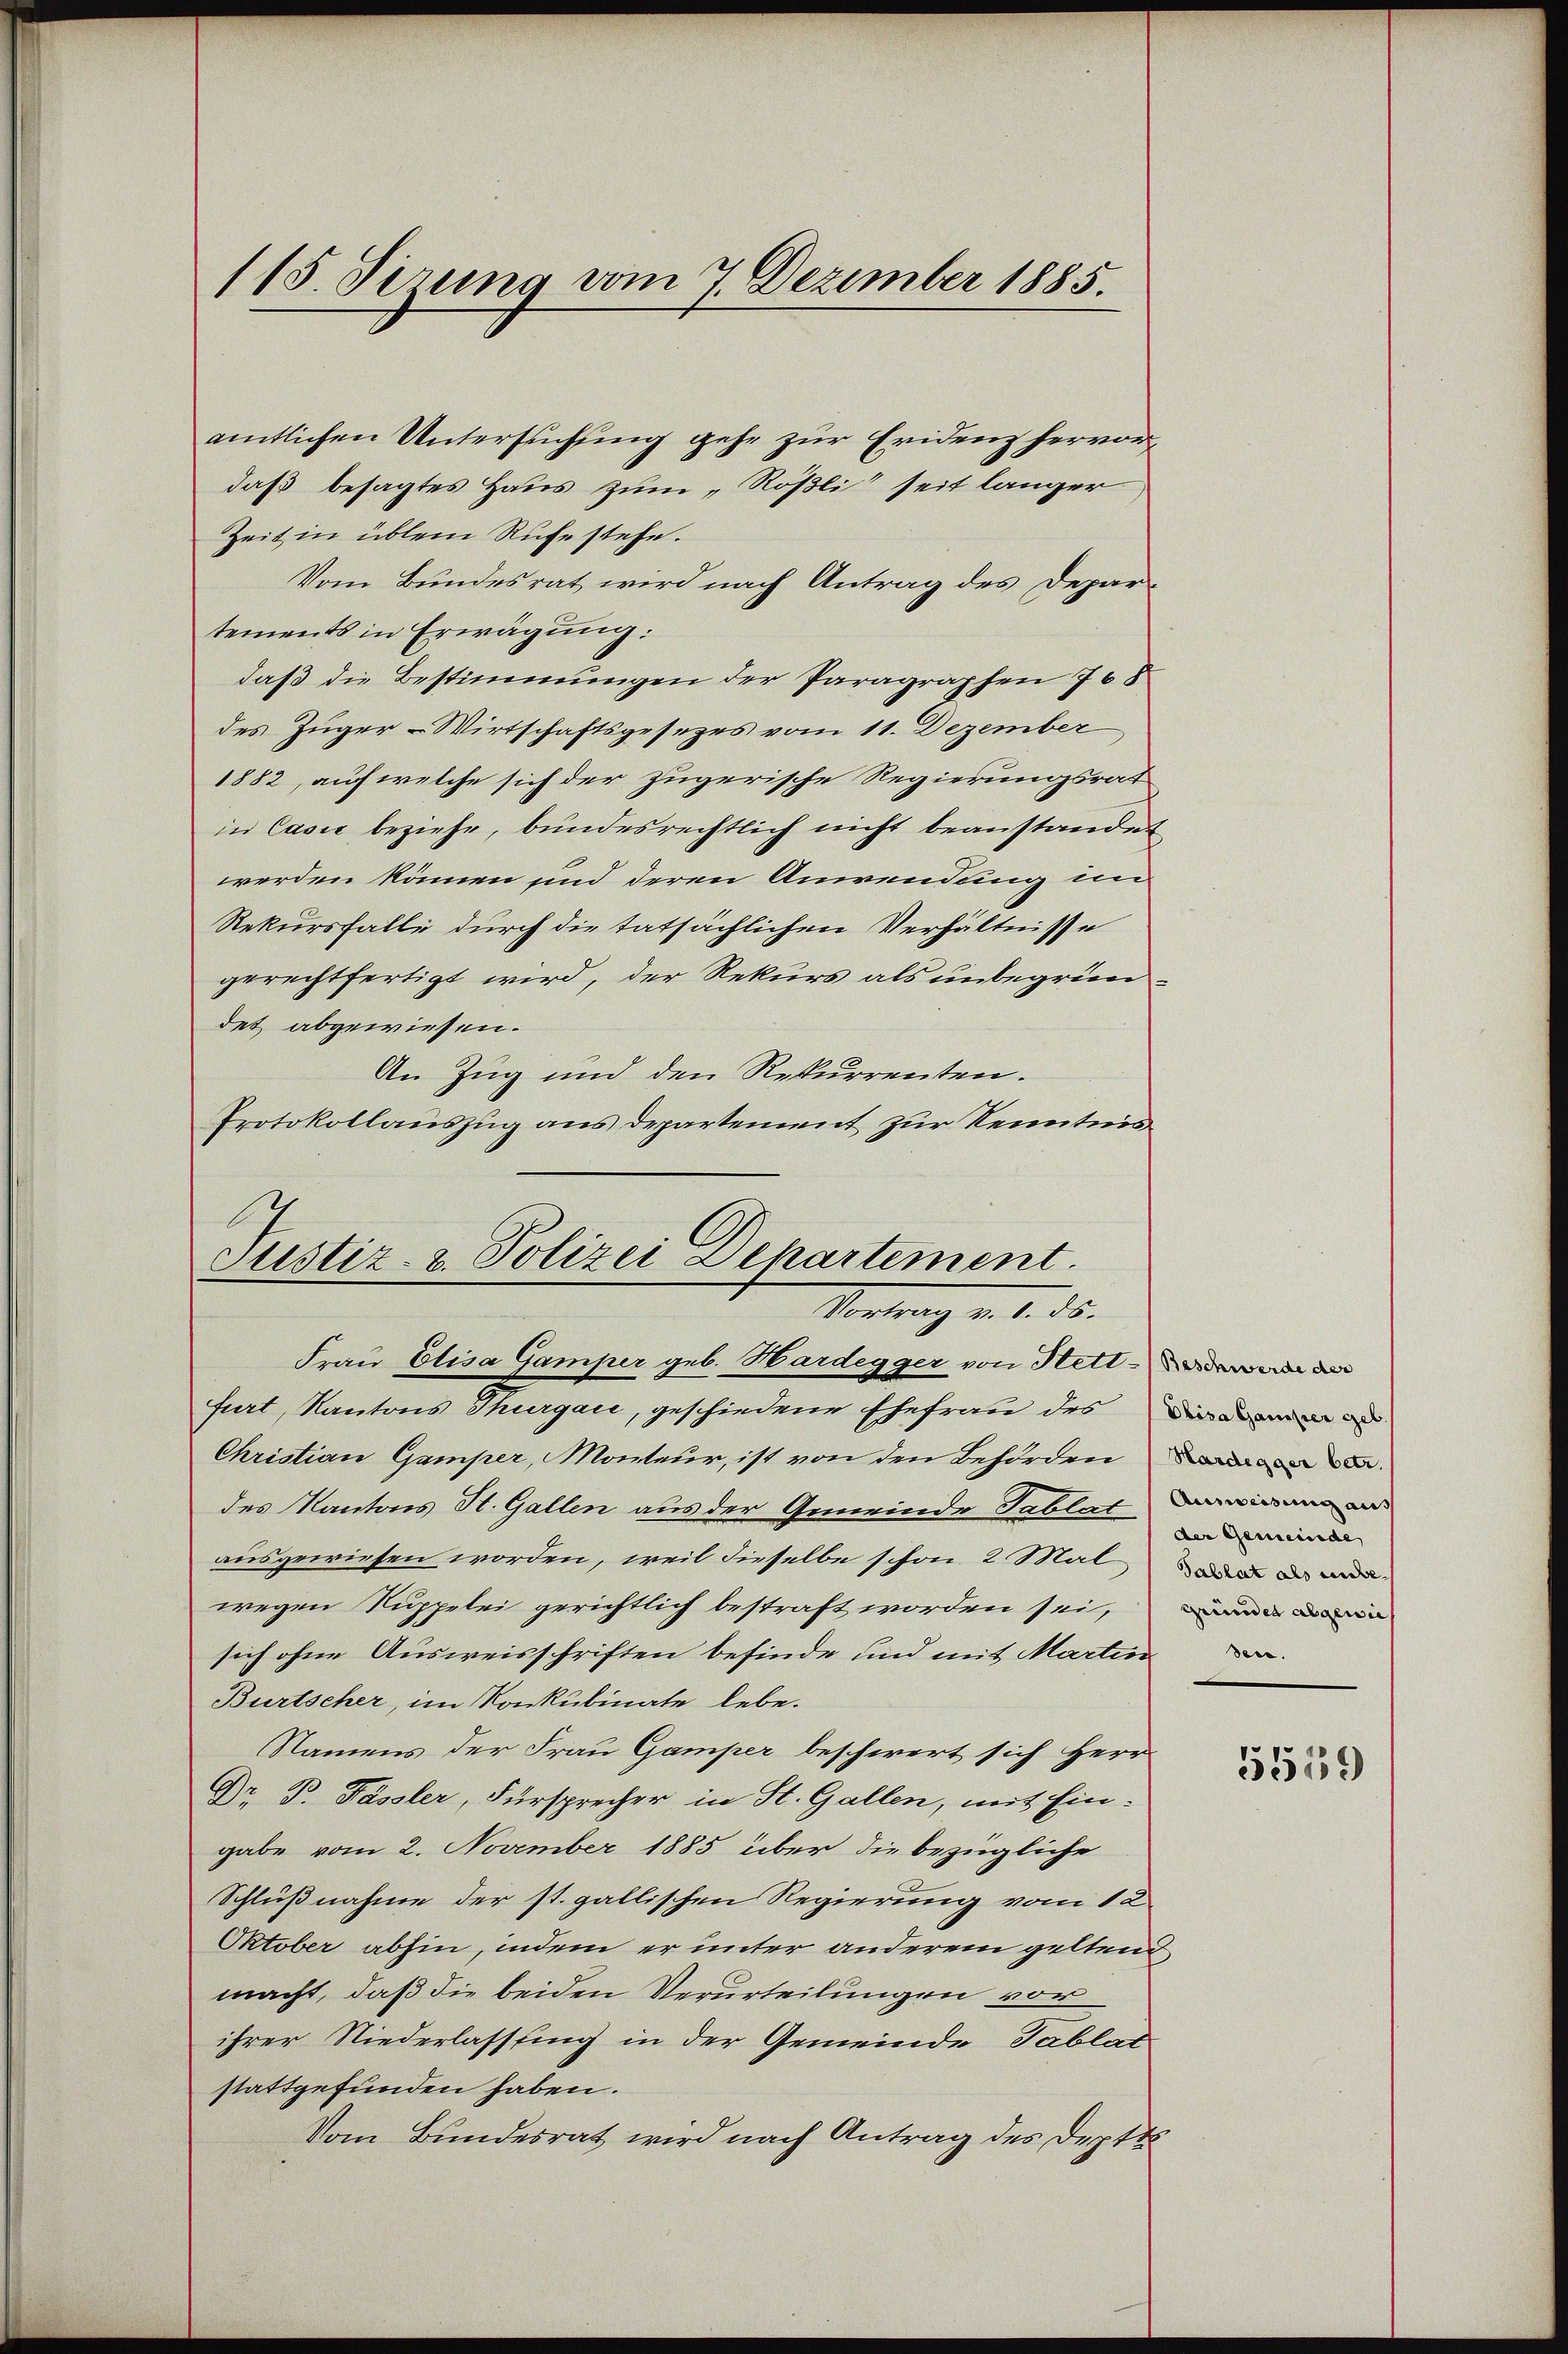
115. derung vom 7. Dezember 1885.

amtlichen Untersuchung gehe zur Eridenz hervordaß besagtes Haus zum „Rößli“ seit länger
Zeit in üblem Rufe stehe.
Vom Bundesrat wird nach Antrag des Departements in Erwägung:
daß die Bestimmungen der Paragraphen 708
des Zuger-Wirtschaftsgesezes vom 11. Dezember
1882, auf welche sich der zugerische Regierungsrat
in Casse beziehe, bundesrechtlich nicht beanstandet
werden können und deren Anwendung im
Rekursfalle durch die tatsächlichen Verhältnisse
gerechtfertigt wird, der Rekurs als unbegründet abgewiesen.
An Zug und den Rekurrenten.
Protokollauszug aus Departement zur Kenntnis

Justiz- u. Polizei Departement.
Vortrag d. d. 25.

Frau Elisa Gamper geb. Hardegger von Hettwe der
furt, Kantons Thurgau, geschiedene Ehefrau des dann
Christian Gamper, Monteur, ist von den Behörden
des Kantons St. Gallen aus der Gemeinde Tablat in an
ausgewiesen worden, weil dieselbe schon 2 Male an and
wegen Suppelei gerichtlich bestraft worden sei,
sich ohne Ausweisschriften befinde und mit Martin
Bürtscher, im Konkubinate lebe.
Namens der Frau Gamper beschwert sich Herr
Dr. P. Pässler, Fürsprecher in St. Gallen, mit Eingabe vom 2. November 1885 über die bezügliche
Schlußnahme der st. gallischen Regierung vom 12.
Oktober abhin, indem er unter anderem geltend
macht, daß die beiden Verurteilungen vor
ihrer Niederlassung in der Gemeinde Tablat
stattgefunden haben.
Vom Bundesrat wird nach Antrag des Deptk

der Gemeinde
gründet abgewies

5519